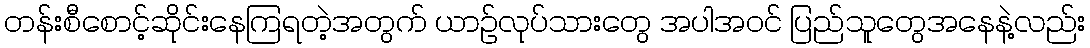
တန်းစီစောင့်ဆိုင်းနေကြရတဲ့အတွက် ယာဉ်လုပ်သားတွေ အပါအဝင် ပြည်သူတွေအနေနဲ့လည်း